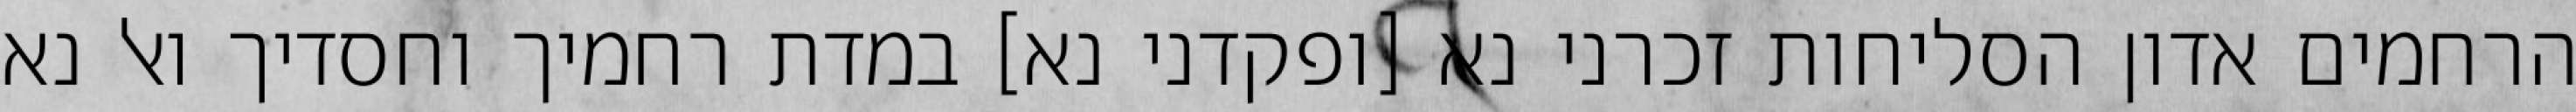
הרחמים אדון הסליחות זכרני נא [ופקדני נא] במדת רחמיך וחסדיך ואל נא